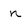
Character: n